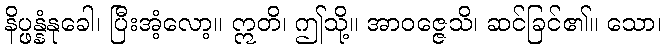
နိပ္ဖန္နံနုခေါ၊ ပြီးအံ့လော့။ ဣတိ၊ ဤသို့။ အာဝဇ္ဇေသိ၊ ဆင်ခြင်၏။ သော၊